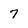
Character: 7